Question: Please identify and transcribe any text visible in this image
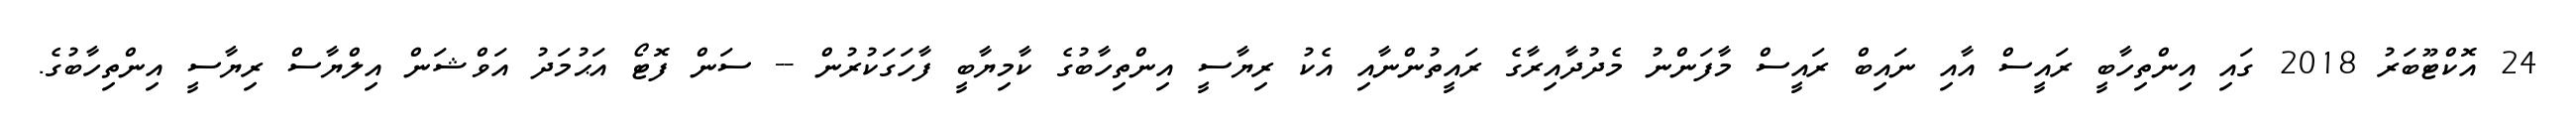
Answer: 24 އޮކްޓޫބަރު 2018 ގައި އިންތިހާބީ ރައީސް އާއި ނައިބް ރައީސް މާފަންނު މެދުދާއިރާގެ ރައީތުންނާއި އެކު ރިޔާސީ އިންތިހާބުގެ ކާމިޔާބީ ފާހަގަކުރުން -- ސަން ފޮޓޯ އަޙުމަދު އަވްޝަން އިލްޔާސް ރިޔާސީ އިންތިހާބުގެ.